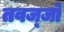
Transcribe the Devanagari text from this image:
तवज्‍जो